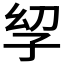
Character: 𫲣